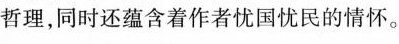
哲理，同时还蕴含着作者忧国忧民的情怀。